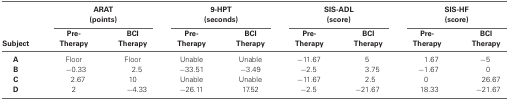
<table><thead><tr><td></td><td colspan="2"><b>ARAT (points)</b></td><td colspan="2"><b>9-HPT (seconds)</b></td><td colspan="2"><b>SIS-ADL (score)</b></td><td colspan="2"><b>SIS-HF (score)</b></td></tr><tr><td><b>Subject</b></td><td><b>Pre-Therapy</b></td><td><b>BCI Therapy</b></td><td><b>Pre-Therapy</b></td><td><b>BCI Therapy</b></td><td><b>Pre-Therapy</b></td><td><b>BCI Therapy</b></td><td><b>Pre-Therapy</b></td><td><b>BCI Therapy</b></td></tr></thead><tbody><tr><td><b>A</b></td><td>Floor</td><td>Floor</td><td>Unable</td><td>Unable</td><td>−11.67</td><td>5</td><td>1.67</td><td>−5</td></tr><tr><td><b>B</b></td><td>−0.33</td><td>2.5</td><td>−33.51</td><td>−3.49</td><td>−2.5</td><td>3.75</td><td>−1.67</td><td>0</td></tr><tr><td><b>C</b></td><td>2.67</td><td>10</td><td>Unable</td><td>Unable</td><td>−11.67</td><td>2.5</td><td>0</td><td>26.67</td></tr><tr><td><b>D</b></td><td>2</td><td>−4.33</td><td>−26.11</td><td>17.52</td><td>−2.5</td><td>−21.67</td><td>18.33</td><td>−21.67</td></tr></tbody></table>